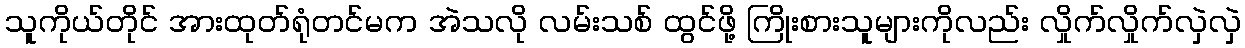
သူကိုယ်တိုင် အားထုတ်ရုံတင်မက အဲသလို လမ်းသစ် ထွင်ဖို့ ကြိုးစားသူများကိုလည်း လှိုက်လှိုက်လှဲလှဲ